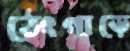
ঠেংগাড়ে